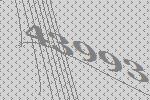
43993